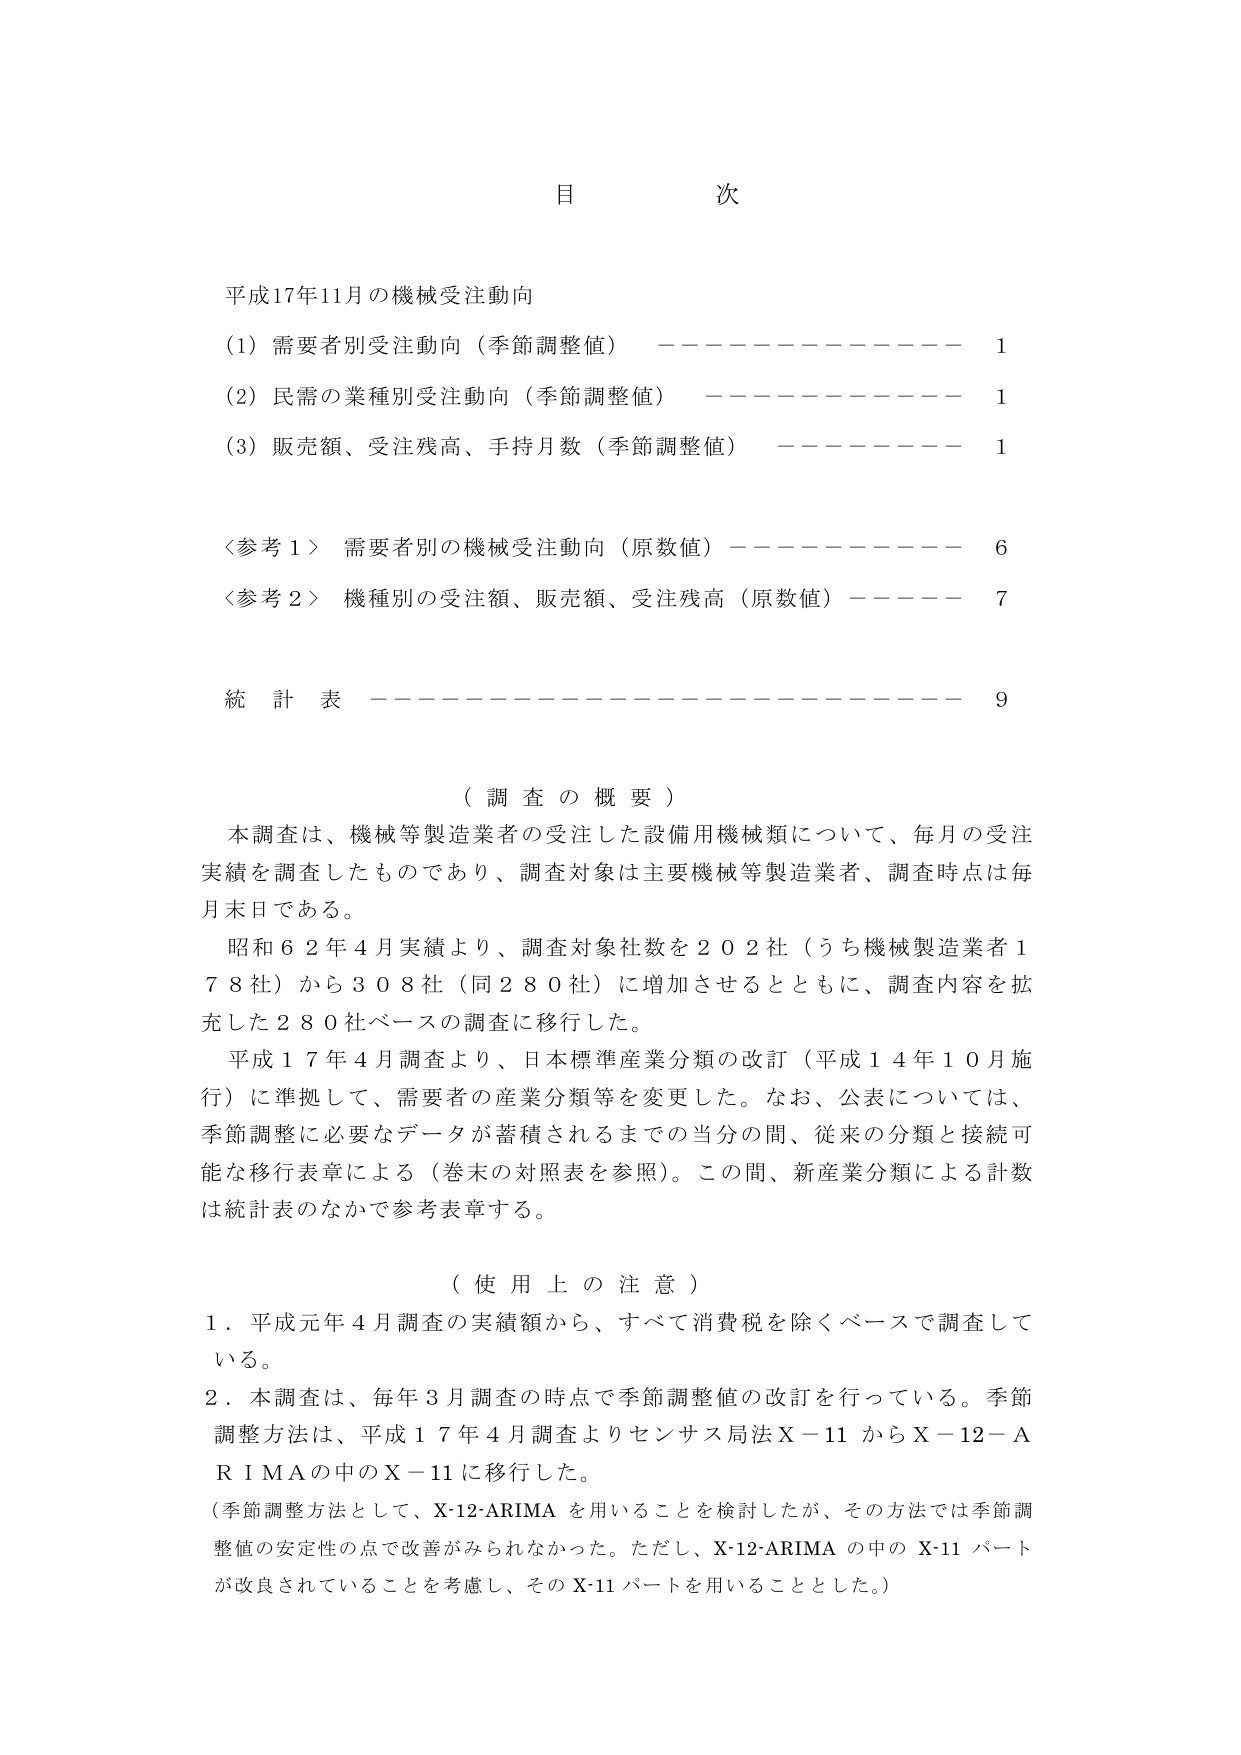
目 次

平成17年11月の機械受注動向
（1）需要者別受注動向（季節調整値） ———————— 1
（2）民需の業種別受注動向（季節調整値） ———————— 1
（3）販売額、受注残高、手持月数（季節調整値） ———————— 1

〈参考1〉 需要者別の機械受注動向（原数値） ———————— 6
〈参考2〉 機種別の受注額、販売額、受注残高（原数値） ———————— 7

統 計 表 ———————————————————— 9

（調査の概要）
本調査は、機械等製造業者の受注した設備用機械類について、毎月の受注
実績を調査したものであり、調査対象は主要機械等製造業者、調査時点は毎
月末日である。
昭和62年4月実績より、調査対象社数を202社（うち機械製造業者1
78社）から308社（同280社）に増加させるとともに、調査内容を拡
充した280社ベースの調査に移行した。
平成17年4月調査より、日本標準産業分類の改訂（平成14年10月施
行）に準拠して、需要者の産業分類等を変更した。なお、公表については、
季節調整に必要なデータが蓄積されるまでの当分の間、従来の分類と接続可
能な移行表章による（巻末の対照表を参照）。この間、新産業分類による計数
は統計表のなかで参考表章する。

（使用上の注意）
1．平成元年4月調査の実績額から、すべて消費税を除くベースで調査して
いる。
2．本調査は、毎年3月調査の時点で季節調整値の改訂を行っている。季節
調整方法は、平成17年4月調査よりセンサス局法X－11からX－12－A
R I M Aの中のX－11に移行した。
（季節調整方法として、X-12-ARIMAを用いることを検討したが、その方法では季節調
整値の安定性の点で改善がみられなかった。ただし、X-12-ARIMAの中のX-11パート
が改良されていることを考慮し、そのX-11パートを用いることとした。）